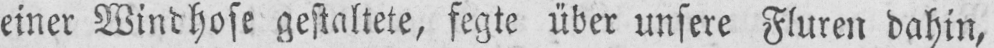
einer Windhose gestaltete, fegte über unsere Fluren dahin,